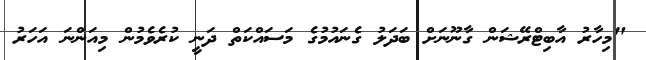
"މިހާރު އާބިޓްރޭޝަން ގާނޫނަށް ބަދަލު ގެނައުމުގެ މަސައްކަތް ދަނީ ކުރެވެމުން މިއަންނަ އަހަރު